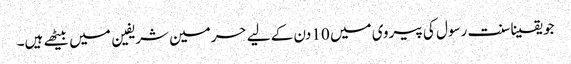
جو یقینا سنت رسول کی پیروی میں 10 دن کے لیے حرمین شریفین میں بیٹھے ہیں۔